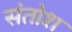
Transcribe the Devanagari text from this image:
संतोश